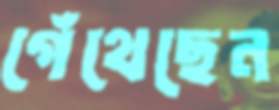
গেঁথেছেন